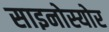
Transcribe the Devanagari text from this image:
साइनोस्योर